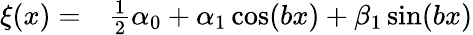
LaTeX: \begin{array}{rl}{\xi(x)=}&{{}\frac 12\alpha_{0}+\alpha_{1}\cos(bx)+\beta_{1}\sin(bx)}\end{array}